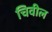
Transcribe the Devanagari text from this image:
चिवील